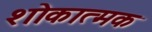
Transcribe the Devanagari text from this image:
शोकात्मक